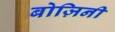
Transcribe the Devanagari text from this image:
बोज़िनी